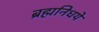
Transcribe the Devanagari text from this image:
ब्रह्मनिधये